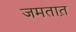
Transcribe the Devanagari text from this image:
जमतात़